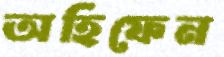
অহিফেন